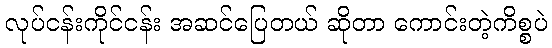
လုပ်ငန်းကိုင်ငန်း အဆင်ပြေတယ် ဆိုတာ ကောင်းတဲ့ကိစ္စပဲ